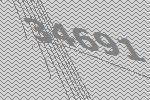
34691